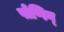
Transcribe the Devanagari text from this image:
पोप्पिग्